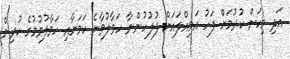
އަދި މިކަން ކުރުމަށް ފަހު އަމިއްލައަށް ފުލުހުންނާ ހަވާލުވާނެ ކަމަށާއި ހަވާލުވުމުގެ ކުރިން